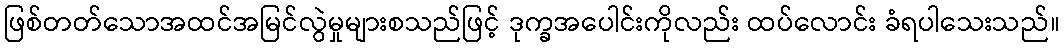
ဖြစ်တတ်သောအထင်အမြင်လွဲမှုများစသည်ဖြင့် ဒုက္ခအပေါင်းကိုလည်း ထပ်လောင်း ခံရပါသေးသည်။